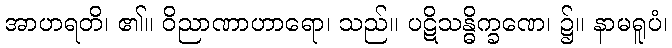
အာဟရတိ၊ ၏။ ဝိညာဏာဟာရော၊ သည်။ ပဋိသန္ဓိက္ခဏေ၊ ၌။ နာမရူပံ၊